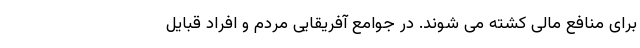
برای منافع مالی کشته می شوند. در جوامع آفریقایی مردم و افراد قبایل